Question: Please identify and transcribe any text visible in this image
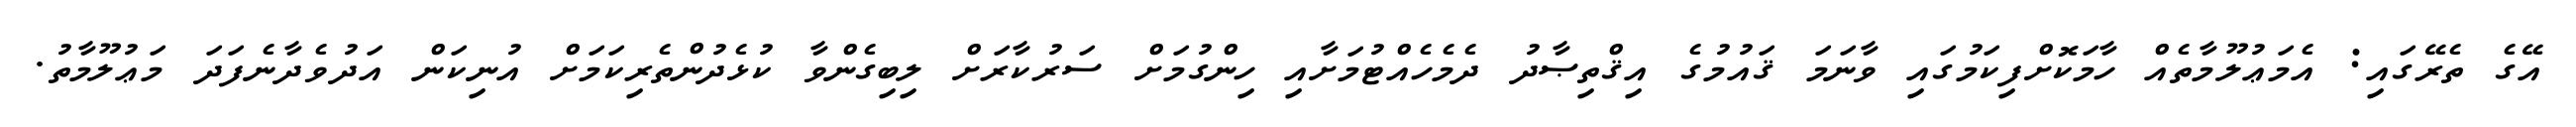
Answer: އޭގެ ތެރޭގައި: އެމަޢުލޫމާތެއް ހާމަކޮށްފިކަމުގައި ވާނަމަ ޤައުމުގެ އިޤްތިޞާދު ދެމެހެއްޓުމަށާއި ހިންގުމަށް ސަރުކާރަށް ލިބިގެންވާ ކުޅެދުންތެރިކަމަށް އުނިކަން އަދުވެދާނެފަދަ މަޢުލޫމާތު.